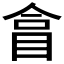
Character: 𥅽